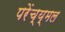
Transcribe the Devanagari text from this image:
परेंच्य्मल